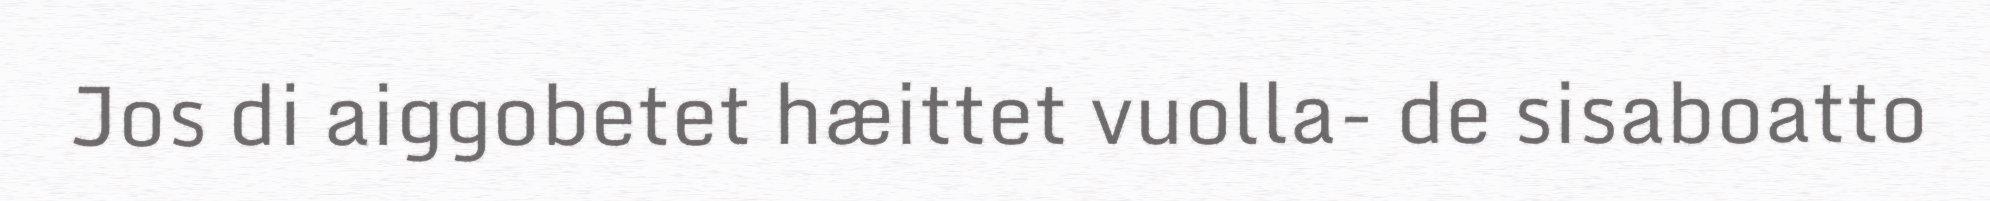
Jos di aiggobetet hæittet vuolla- de sisaboatto